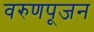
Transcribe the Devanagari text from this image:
वरुणपूजन